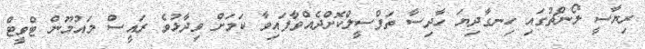
ރިޔާސީ ލޯންޗުގައި ހިނގާދިޔަ ހާދިސާ ތަފްސީލްކޮށްދެއްވާފައިވާ ކަމަށް ވިދާޅުވެ ރައީސް މައުމޫން ޓްވީޓް